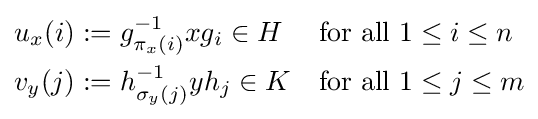
{\begin{aligned}u_{x}(i)&:=g_{\pi _{x}(i)}^{-1}xg_{i}\in H&&{\text{for all }}1\leq i\leq n\\v_{y}(j)&:=h_{\sigma _{y}(j)}^{-1}yh_{j}\in K&&{\text{for all }}1\leq j\leq m\end{aligned}}